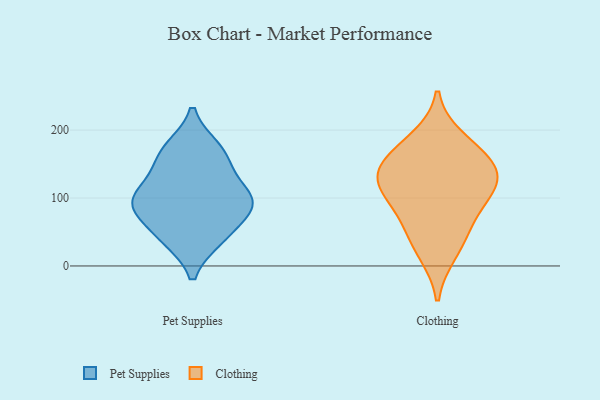
{"axis": {"x": "LTV (USD)", "y": "Value"}, "legend": ["Clothing", "Pet Supplies"], "data": [{"x": "", "y": 167, "type": "Pet Supplies"}, {"x": "", "y": 41, "type": "Pet Supplies"}, {"x": "", "y": 110, "type": "Pet Supplies"}, {"x": "", "y": 141, "type": "Pet Supplies"}, {"x": "", "y": 100, "type": "Pet Supplies"}, {"x": "", "y": 40, "type": "Pet Supplies"}, {"x": "", "y": 92, "type": "Pet Supplies"}, {"x": "", "y": 173, "type": "Pet Supplies"}, {"x": "", "y": 86, "type": "Pet Supplies"}, {"x": "", "y": 81, "type": "Pet Supplies"}, {"x": "", "y": 50, "type": "Clothing"}, {"x": "", "y": 187, "type": "Clothing"}, {"x": "", "y": 159, "type": "Clothing"}, {"x": "", "y": 131, "type": "Clothing"}, {"x": "", "y": 113, "type": "Clothing"}, {"x": "", "y": 74, "type": "Clothing"}, {"x": "", "y": 157, "type": "Clothing"}, {"x": "", "y": 130, "type": "Clothing"}, {"x": "", "y": 19, "type": "Clothing"}, {"x": "", "y": 108, "type": "Clothing"}]}